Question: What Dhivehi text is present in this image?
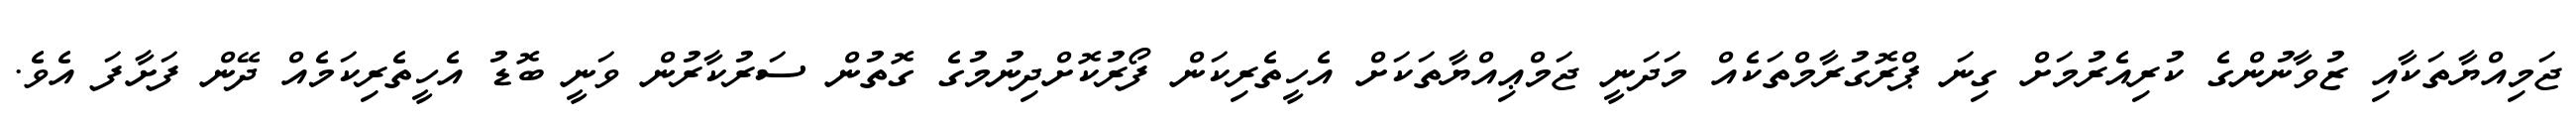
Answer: ޖަމިއްޔާތަކާއި ޒުވާނުންގެ ކުރިއެރުމަށް ގިނަ ޕްރޮގުރާމްތަކެއް މަދަނީ ޖަމްޢިއްޔާތަކަށް އެހީތެރިކަން ފޯރުކޮށްދިނުމުގެ ގޮތުން ސަރުކާރުން ވަނީ ބޮޑު އެހީތެރިކަމެއް ދޭން ފަށާފަ އެވެ.